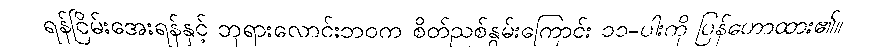
ရန်ငြိမ်းအေးရန်နှင့် ဘုရားလောင်းဘဝက စိတ်ညစ်နွမ်းကြောင်း ၁၁-ပါးကို ပြန်ဟောထား၏။